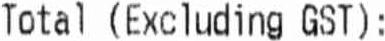
TOTAL (EXCLUDING GST):